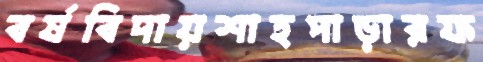
বর্ষবিদায়শাহপাড়ারফ